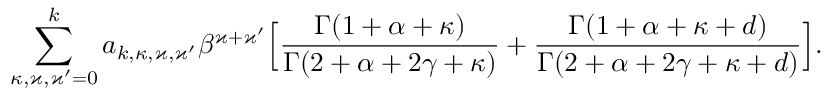
\sum _ { \kappa , \varkappa , \varkappa ^ { \prime } = 0 } ^ { k } a _ { k , \kappa , \varkappa , \varkappa ^ { \prime } } \beta ^ { \varkappa + \varkappa ^ { \prime } } \Big [ \frac { \Gamma ( 1 + \alpha + \kappa ) } { \Gamma ( 2 + \alpha + 2 \gamma + \kappa ) } + \frac { \Gamma ( 1 + \alpha + \kappa + d ) } { \Gamma ( 2 + \alpha + 2 \gamma + \kappa + d ) } \Big ] .